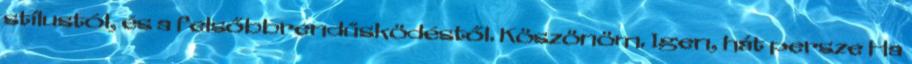
stílustól, és a felsőbbrendűsködéstől. Köszönöm. Igen, hát persze Ha